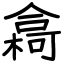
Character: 樖